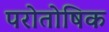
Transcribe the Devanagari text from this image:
परोतोषिक